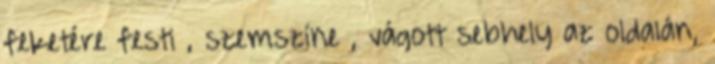
feketére festi , szemszíne , vágott sebhely az oldalán,